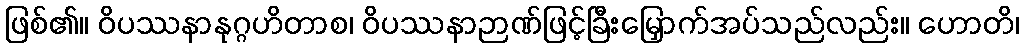
ဖြစ်၏။ ဝိပဿနာနုဂ္ဂဟိတာစ၊ ဝိပဿနာဉာဏ်ဖြင့်ခြီးမြှောက်အပ်သည်လည်း။ ဟောတိ၊